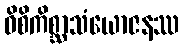
ဝိစိကိစ္ဆာသံယောဇနဿ